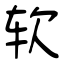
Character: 软